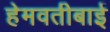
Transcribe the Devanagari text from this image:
हेमवतीबाई